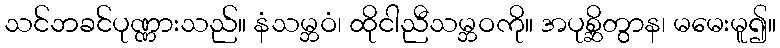
သင်ဘခင်ပုဏ္ဏားသည်။ နံသမ္ဘဝံ၊ ထိုငါညီသမ္ဘဝကို။ အပုစ္ဆိတွာန၊ မမေးမူ၍။